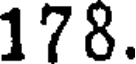
178.